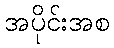
အပိုင်းအစ